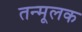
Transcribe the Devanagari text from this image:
तन्मूलक